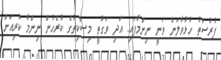
ފުރުސަތު ހުޅުވާލަން ވަނީ ނިންމާފައި. އަދި ވަގުތީ މިސްކިތުގެ ކުރެހުން ނިންމާ ކުރިއަށް